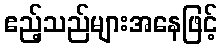
ဧည့်သည်များအနေဖြင့်